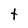
Character: t